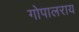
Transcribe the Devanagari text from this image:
गोपालराय